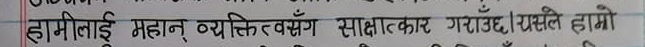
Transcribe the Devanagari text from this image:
हामीलाई महान् व्यक्तित्वसँग साक्षात्कार गराउँछ। यसले हाम्रो